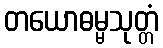
တယောဓမ္မသုတ္တံ